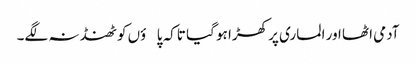
آدمی اٹھا اور الماری پر کھڑا ہو گیا تاکہ پاؤں کو ٹھنڈ نہ لگے۔